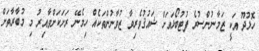
ހޮޅުދޫ އަކީ ޒަމާނުންސުރެ ފުޓުބޯޅައަށް ޝައުޤުވެރިވާ ޒުވާނުންތަކެއް ހިމެނޭ ރަށަކަށްވާއިރު މި މުބާރާތަށް